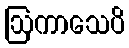
ဩကာသေပိ